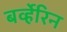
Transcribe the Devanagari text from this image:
बर्व्हेरिन